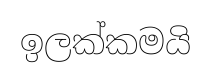
ඉලක්කමයි